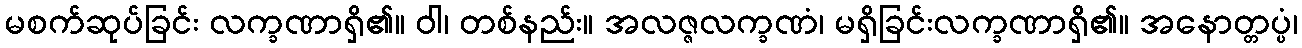
မစက်ဆုပ်ခြင်း လက္ခဏာရှိ၏။ ဝါ၊ တစ်နည်း။ အလဇ္ဇလက္ခဏံ၊ မရှိခြင်းလက္ခဏာရှိ၏။ အနောတ္တပ္ပံ၊